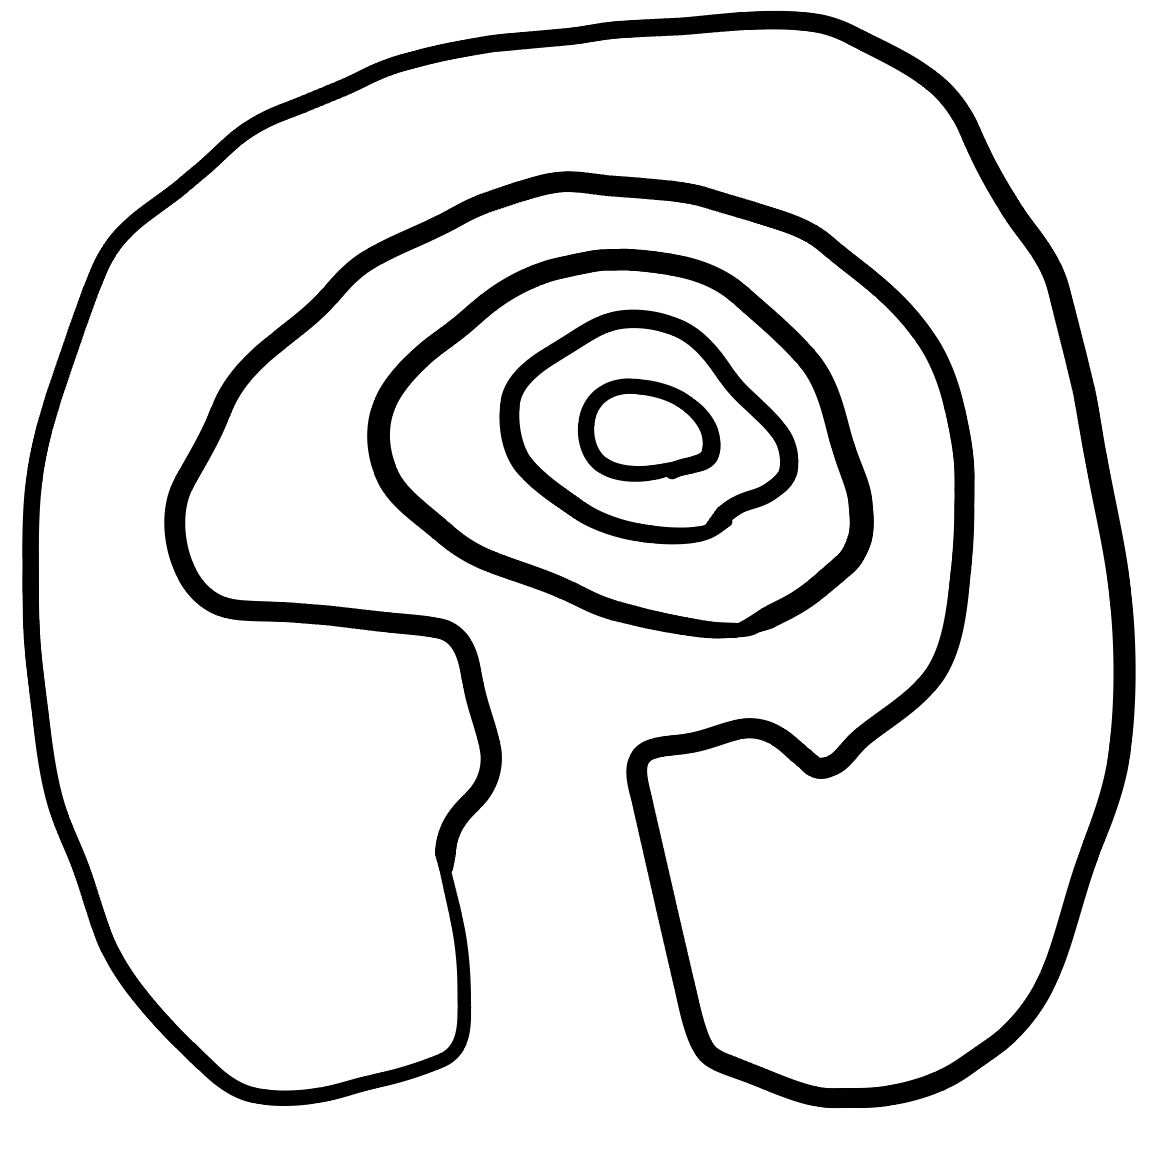
Number of regions (including the outer root region): 5
Containment tree edges (parent, child): 0, 1, 0, 4, 1, 2, 2, 3